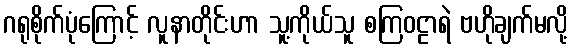
ဂရုစိုက်ပုံကြောင့် လူနာတိုင်းဟာ သူ့ကိုယ်သူ စကြဝဠာရဲ ဗဟိုချက်မလို့